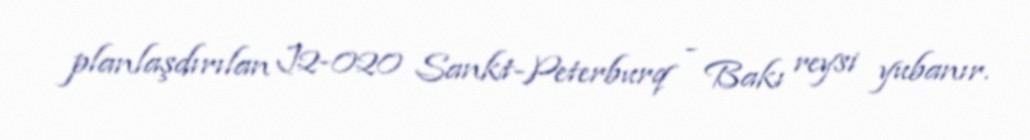
planlaşdırılan J2-020 Sankt-Peterburq - Bakı reysi yubanır.